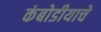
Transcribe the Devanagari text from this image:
कंबोडीयाचे